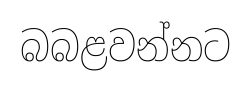
බබළවන්නට